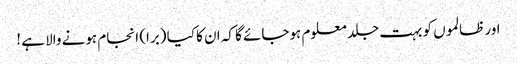
اور ظالموں کو بہت جلد معلوم ہوجائے گا کہ ان کا کیا (برا) انجام ہونے والا ہے !